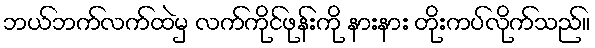
ဘယ်ဘက်လက်ထဲမှ လက်ကိုင်ဖုန်းကို နားနား တိုးကပ်လိုက်သည်။